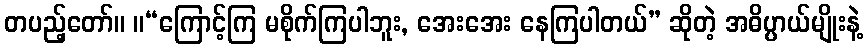
တပည့်တော်။ ။“ကြောင့်ကြ မစိုက်ကြပါဘူး, အေးအေး နေကြပါတယ်” ဆိုတဲ့ အဓိပ္ပာယ်မျိုးနဲ့